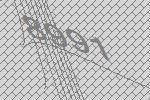
8991